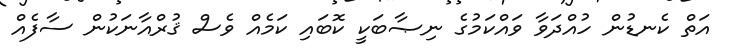
އަތް ކެނޑުން ހުއްދަވާ ވައްކަމުގެ ނިޞާބަކީ ކޮބައި ކަމެއް ވެސް ޤުރްއާނަކުން ސާފެއް